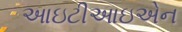
આઇટીઆઇએન